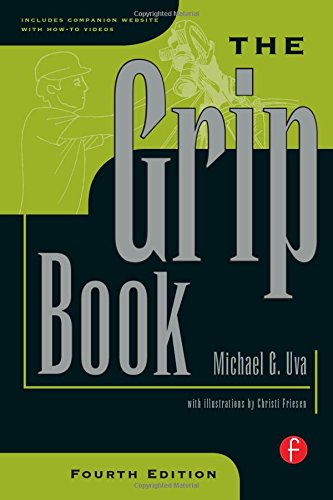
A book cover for The Grip Book; Michael G. Uva; Humor & Entertainment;